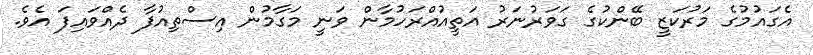
އެގައުމުގެ މަރުކަޒީ ބޭންކުގެ ގަވަރުނަރު އަތީއުއްރަހުމާން ވަނީ މަގާމުން އިސްތިއުފާ ދެއްވައިފަ އެވެ.